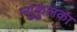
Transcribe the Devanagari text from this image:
म्युकुलका